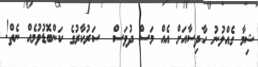
ޝިމާ ގެއްލުނު ހާދިސާއަށް އެއް މަސް ދުވަސް  ސަރުކާރުގެ ކަންބޮޑުވުމެއް ނެތް!